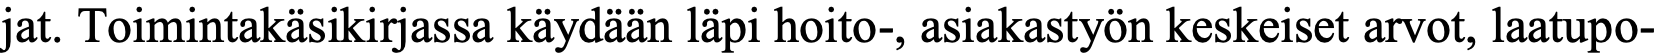
jat. Toimintakäsikirjassa käydään läpi hoito-, asiakastyön keskeiset arvot, laatupo-